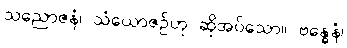
သညောဇနံ၊ သံယောဇဉ်ဟု ဆိုအပ်သော။ ဗန္ဓေနံ၊